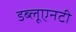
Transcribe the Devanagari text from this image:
डब्लूएनटी